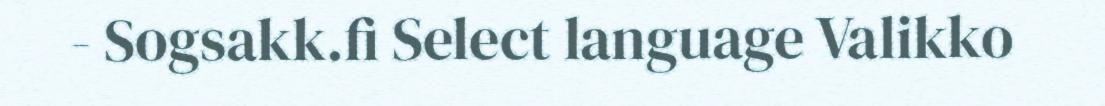
- Sogsakk.fi Select language Valikko